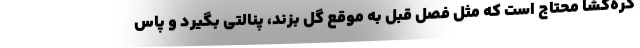
گره‌گشا محتاج است که مثل فصل قبل به موقع گل بزند، پنالتی بگیرد و پاس